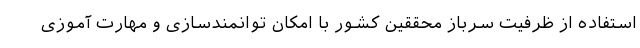
استفاده از ظرفیت سرباز محققین کشور با امکان توانمندسازی و مهارت آموزی